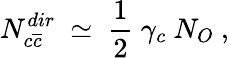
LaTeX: N_{c\overline{{{c}}}}^{dir}~\simeq~\frac{1}{2}~\gamma_{c}~N_{O}~,